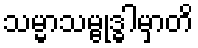
သမ္မာသမ္ဗုဒ္ဓါမှာတိ